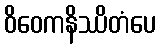
ဝိဝေကနိဿိတံပေ